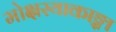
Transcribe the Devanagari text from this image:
मोक्षस्याकाङ्क्षा